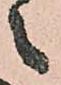
々